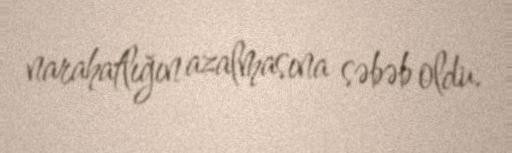
narahatlığın azalmasına səbəb oldu.